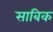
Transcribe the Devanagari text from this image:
साबिक